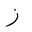
Letter: _zay